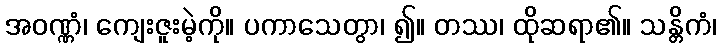
အဝဏ္ဏံ၊ ကျေးဇူးမဲ့ကို။ ပကာသေတွာ၊ ၍။ တဿ၊ ထိုဆရာ၏။ သန္တိကံ၊